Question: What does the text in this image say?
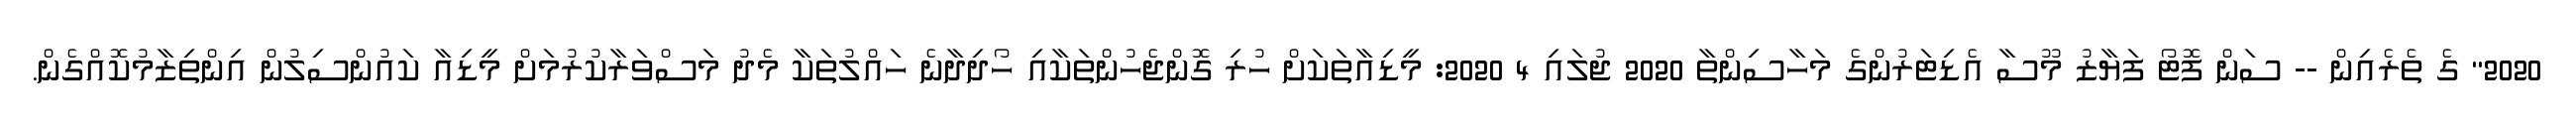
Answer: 2020" ގެ ތެރެއިން -- ސަން ފޮޓޯ ފަޔާޒު މޫސާ އެޑިޓަރުންގެ މަހާސިންތާ 2020 ޖުލައި 4 2020: މީޑިއާތަކަށް ހުރި ގޮންޖެހުންތަކާއި ހޯދިދާނެ ހައްލުތަކާ މެދު މަސްވަރާކުރުމަށް މީޑިއާ ކައުންސިލުން އިންތިޒާމުކޮއްގެން.